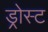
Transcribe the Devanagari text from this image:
ड्रोस्ट